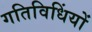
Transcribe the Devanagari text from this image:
गतिविधिंयों